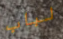
لباب